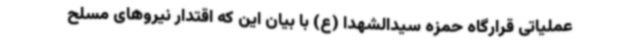
عملیاتی قرارگاه حمزه سیدالشهدا (ع) با بیان این که اقتدار نیروهای مسلح